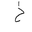
Letter: _kha